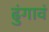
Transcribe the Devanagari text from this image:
ढुंगावं